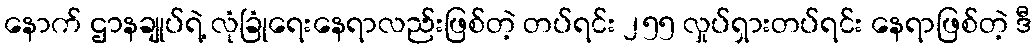
နောက် ဌာနချုပ်ရဲ့ လုံခြုံရေးနေရာလည်းဖြစ်တဲ့ တပ်ရင်း ၂၅၅ လှုပ်ရှားတပ်ရင်း နေရာဖြစ်တဲ့ ဒီ